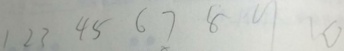
1 2 3 4 5 6 7 8 9 1 0